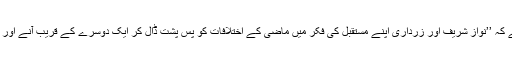
بلاول زرداری کی نواز شریف سے ملاقات کے حوالے سے عام تاثر ہے کہ ’’نواز شریف اور زرداری اپنے مستقبل کی فکر میں ماضی کے اختلافات کو پس پشت ڈال کر ایک دوسرے کے قریب آنے اور مستقبل میں مشترکہ جدوجہد کے لیے لائحہ عمل تیار کرنا چاہتے ہیں‘‘۔